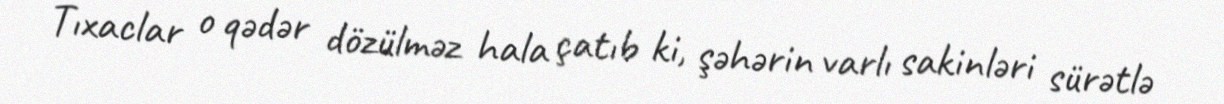
Tıxaclar o qədər dözülməz hala çatıb ki, şəhərin varlı sakinləri sürətlə